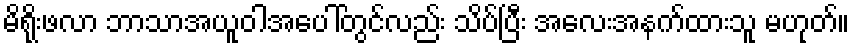
မိရိုးဖလာ ဘာသာအယူဝါအပေါ်တွင်လည်း သိပ်ပြီး အလေးအနက်ထားသူ မဟုတ်။